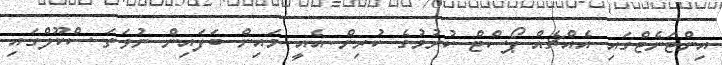
އިންޓަނެޓްގައި އެއްޗެއް ޕޯސްޓް ކުރުމުގެ ކުރިން އެއީ މައިން ބަފައިން ނުވަތަ ސްކޫލްގައި